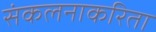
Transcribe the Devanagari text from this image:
संकलनाकरिता